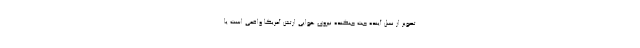
تصویر از نسل آینده جت جنگنده نیروی هوایی ارتش آمریکا واقعی است یا